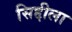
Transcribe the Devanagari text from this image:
सिद्दीला